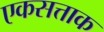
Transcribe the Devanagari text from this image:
एकसत्ताक